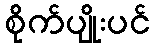
စိုက်ပျိုးပင်